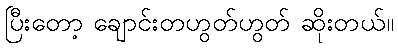
ပြီးတော့ ချောင်းတဟွတ်ဟွတ် ဆိုးတယ်။